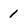
Character: 1